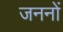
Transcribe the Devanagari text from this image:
जननों